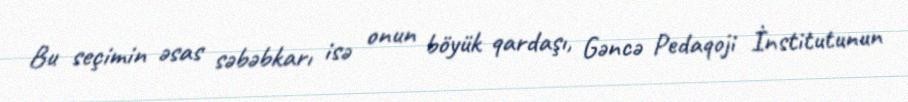
Bu seçimin əsas səbəbkarı isə onun böyük qardaşı, Gəncə Pedaqoji İnstitutunun